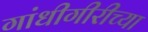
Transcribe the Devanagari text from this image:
गांधीगीरीच्या